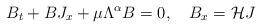
LaTeX: \begin{align*}B_t+BJ_x+\mu\Lambda^\alpha B= 0, \ \ \ B_x= \mathcal H J\end{align*}